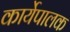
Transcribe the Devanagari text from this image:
कार्येपालक